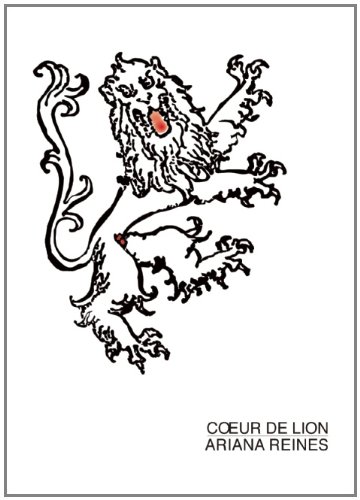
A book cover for Coeur de Lion; Ariana Reines; Literature & Fiction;